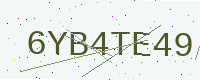
Text: 6YB4TE49